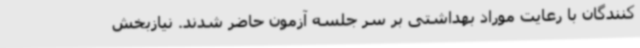
کنندگان با رعایت موراد بهداشتی بر سر جلسه آزمون حاضر شدند. نیازبخش